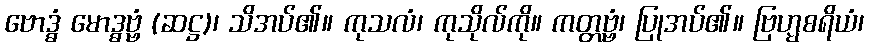
ဗောဒ္ဓံ မောဒ္ဓဗ္ဗံ (ဆဋ္ဌ)၊ သိအပ်၏။ ကုသလံ၊ ကုသိုလ်ကို။ ကတ္တဗ္ဗံ၊ ပြုအပ်၏။ ဗြဟ္မစရိယံ၊